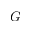
G